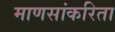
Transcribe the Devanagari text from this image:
माणसांकरिता